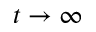
t \rightarrow \infty